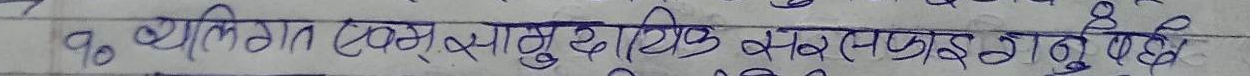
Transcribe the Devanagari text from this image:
१० व्यक्तिगत एवम् सामुदायिक सर्वे प्रगनु पर्छ